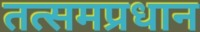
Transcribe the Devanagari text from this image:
तत्समप्रधान